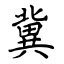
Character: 冀